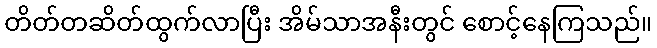
တိတ်တဆိတ်ထွက်လာပြီး အိမ်သာအနီးတွင် စောင့်နေကြသည်။